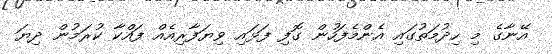
އޭނާގެ މި ހިދުމަތުގައި އެންމެފަހުން ގޮފި ފަޅައި ވިޔަފާރިއެއް ފައްކާ ކުރަމުން ދިޔަ